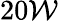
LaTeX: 20\mathcal{W}